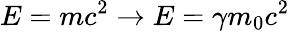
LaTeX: E=mc^{2}\rightarrow E=\gamma m_{0}c^{2}